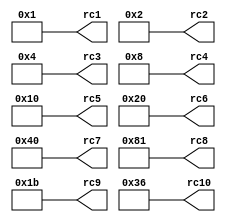
`timescale 1ns / 1ps
//////////////////////////////////////////////////////////////////////////////////
module RC(rc1, rc2, rc3, rc4, rc5, rc6, rc7, rc8, rc9, rc10);

 output [7:0] rc1, rc2, rc3, rc4, rc5, rc6, rc7, rc8, rc9, rc10;
 
 assign rc1 = 8'b00000001;
 assign rc2 = 8'b00000010;
 assign rc3 = 8'b00000100;
 assign rc4 = 8'b00001000;
 assign rc5 = 8'b00010000;
 assign rc6 = 8'b00100000;
 assign rc7 = 8'b01000000;
 assign rc8 = 8'b10000001;
 assign rc9 = 8'b00011011;
 assign rc10 = 8'b00110110;
 
endmodule